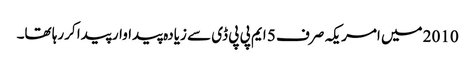
2010 میں امریکہ صرف 5 ایم پی پی ڈی سے زیادہ پیداوار پیدا کررہا تھا۔